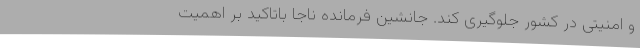
و امنیتی در کشور جلوگیری کند. جانشین فرمانده ناجا باتاکید بر اهمیت